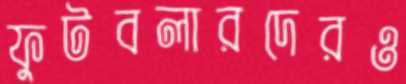
ফুটবলারদেরও